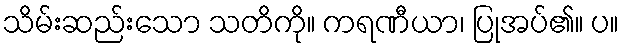
သိမ်းဆည်းသော သတိကို။ ကရဏီယာ၊ ပြုအပ်၏။ ပ။